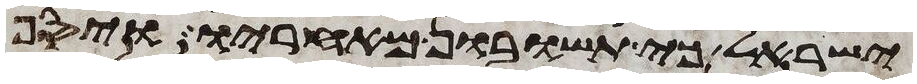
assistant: ישראל כי תשובון מאחריו ויסף